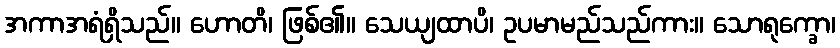
အကာအရံရှိသည်။ ဟောတိ၊ ဖြစ်၏။ သေယျထာပိ၊ ဥပမာမည်သည်ကား။ သောရုက္ခော၊